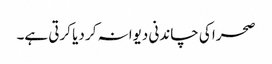
صحرا کی چاندنی دیوانہ کر دیا کرتی ہے۔